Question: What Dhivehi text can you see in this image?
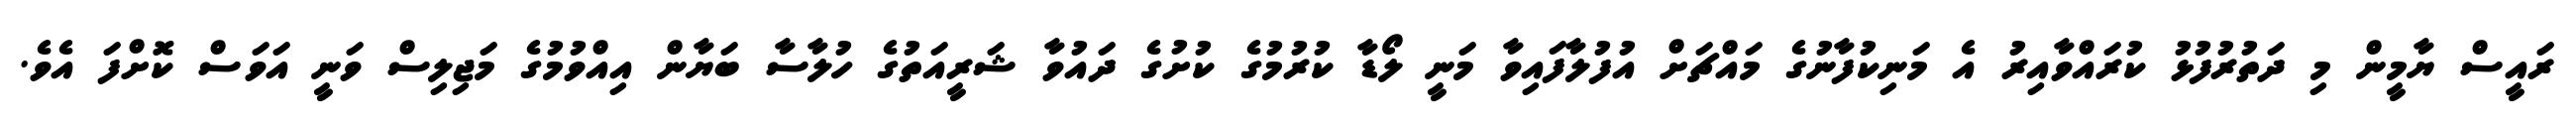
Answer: ރައީސް ޔާމީން މި ދަތުރުފުޅު ކުރައްވާއިރު އެ މަނިކުފާނުގެ މައްޗަށް އުފުލާފައިވާ މަނީ ލޯޑާ ކުރުމުގެ ކުށުގެ ދައުވާ ޝަރީއަތުގެ ހުލާސާ ބަޔާން އިއްވުމުގެ މަޖިލިސް ވަނީ އަވަސް ކޮށްފަ އެވެ.